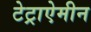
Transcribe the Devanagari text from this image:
टेट्राऐमीन